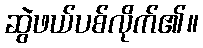
ဆွဲဖယ်ပစ်လိုက်၏။